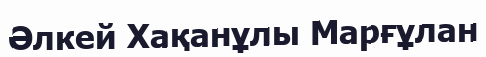
Әлкей Хақанұлы Марғұлан